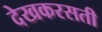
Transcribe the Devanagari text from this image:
देखकरसती